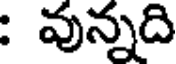
: వున్నది